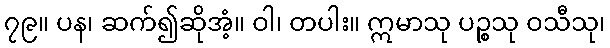
၇၉။ ပန၊ ဆက်၍ဆိုအံ့။ ဝါ၊ တပါး။ ဣမာသု ပဉ္စသု ဝသီသု၊